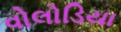
વોલોડિયા